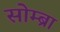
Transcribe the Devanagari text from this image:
सोम्ब्रा